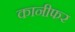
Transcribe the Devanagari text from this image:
कानीफर